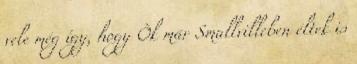
vele még így, hogy Õk már Smallvilleben éltek is